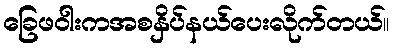
ခြေဖဝါးကအစနှိပ်နယ်ပေးလိုက်တယ်။